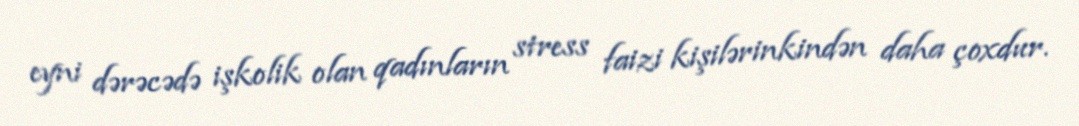
eyni dərəcədə işkolik olan qadınların stress faizi kişilərinkindən daha çoxdur.